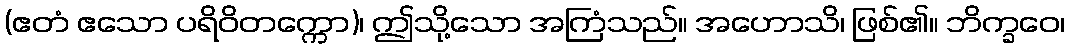
(ဧတံ ဧသော ပရိဝိတက္ကော)၊ ဤသို့သော အကြံသည်။ အဟောသိ၊ ဖြစ်၏။ ဘိက္ခဝေ၊